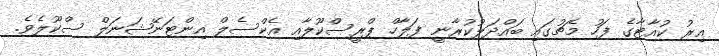
އިރު ކުއާޓާގެ ފަހު މެޗުގައި ބައްދަލުކުރާނީ ފަލާހް ޕްރީސްކޫލާއި އެކްސެލް އިންޓަނޭޝަނަލް ސްކޫލެވެ.